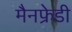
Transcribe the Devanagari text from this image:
मैनफ्रेडी